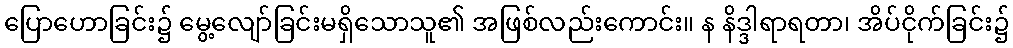
ပြောဟောခြင်း၌ မွေ့လျော်ခြင်းမရှိသောသူ၏ အဖြစ်လည်းကောင်း။ န နိဒ္ဒါရာရတာ၊ အိပ်ငိုက်ခြင်း၌